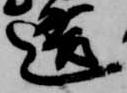
造